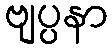
ဗျပ္ပနာ